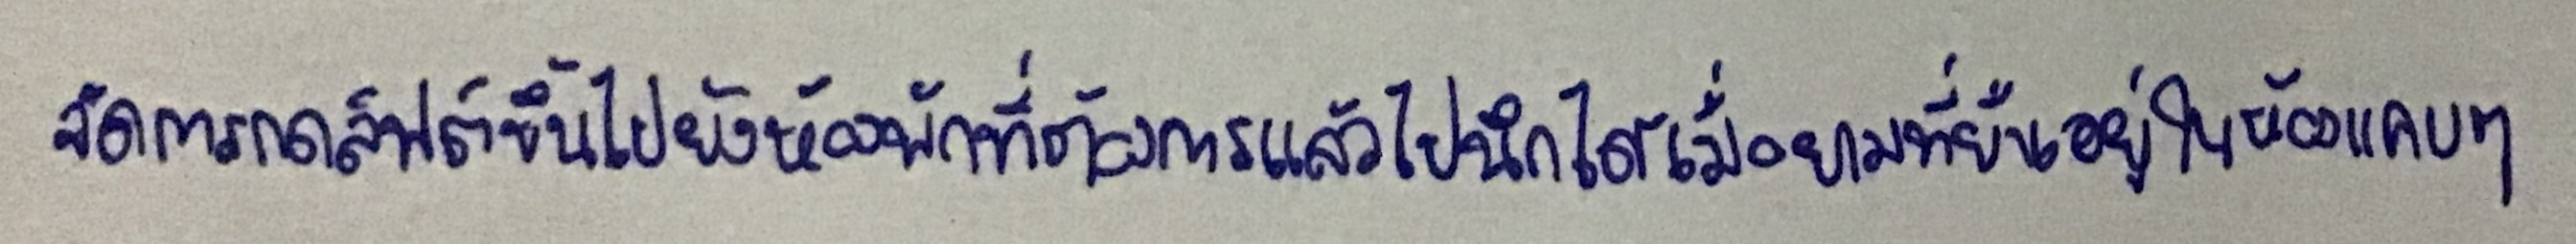
จัดการกดลิฟต์ขึ้นไปยังห้องพักที่ต้องการแล้วไปนึกได้เมื่อยามที่ยืนอยู่ในห้องแคบๆ